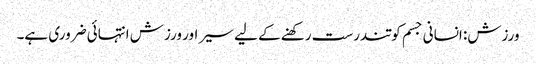
ورزش: انسانی جسم کو تندرست رکھنے کے لیے سیر اور ورزش انتہائی ضروری ہے۔